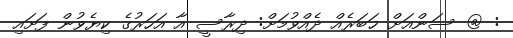
: @ ސަންއަށް ޚަބަރެއް ދެއްވުމަށް: ދިރާސީ އާ އަހަރުގެ ކިޔެވުން ފަށައި